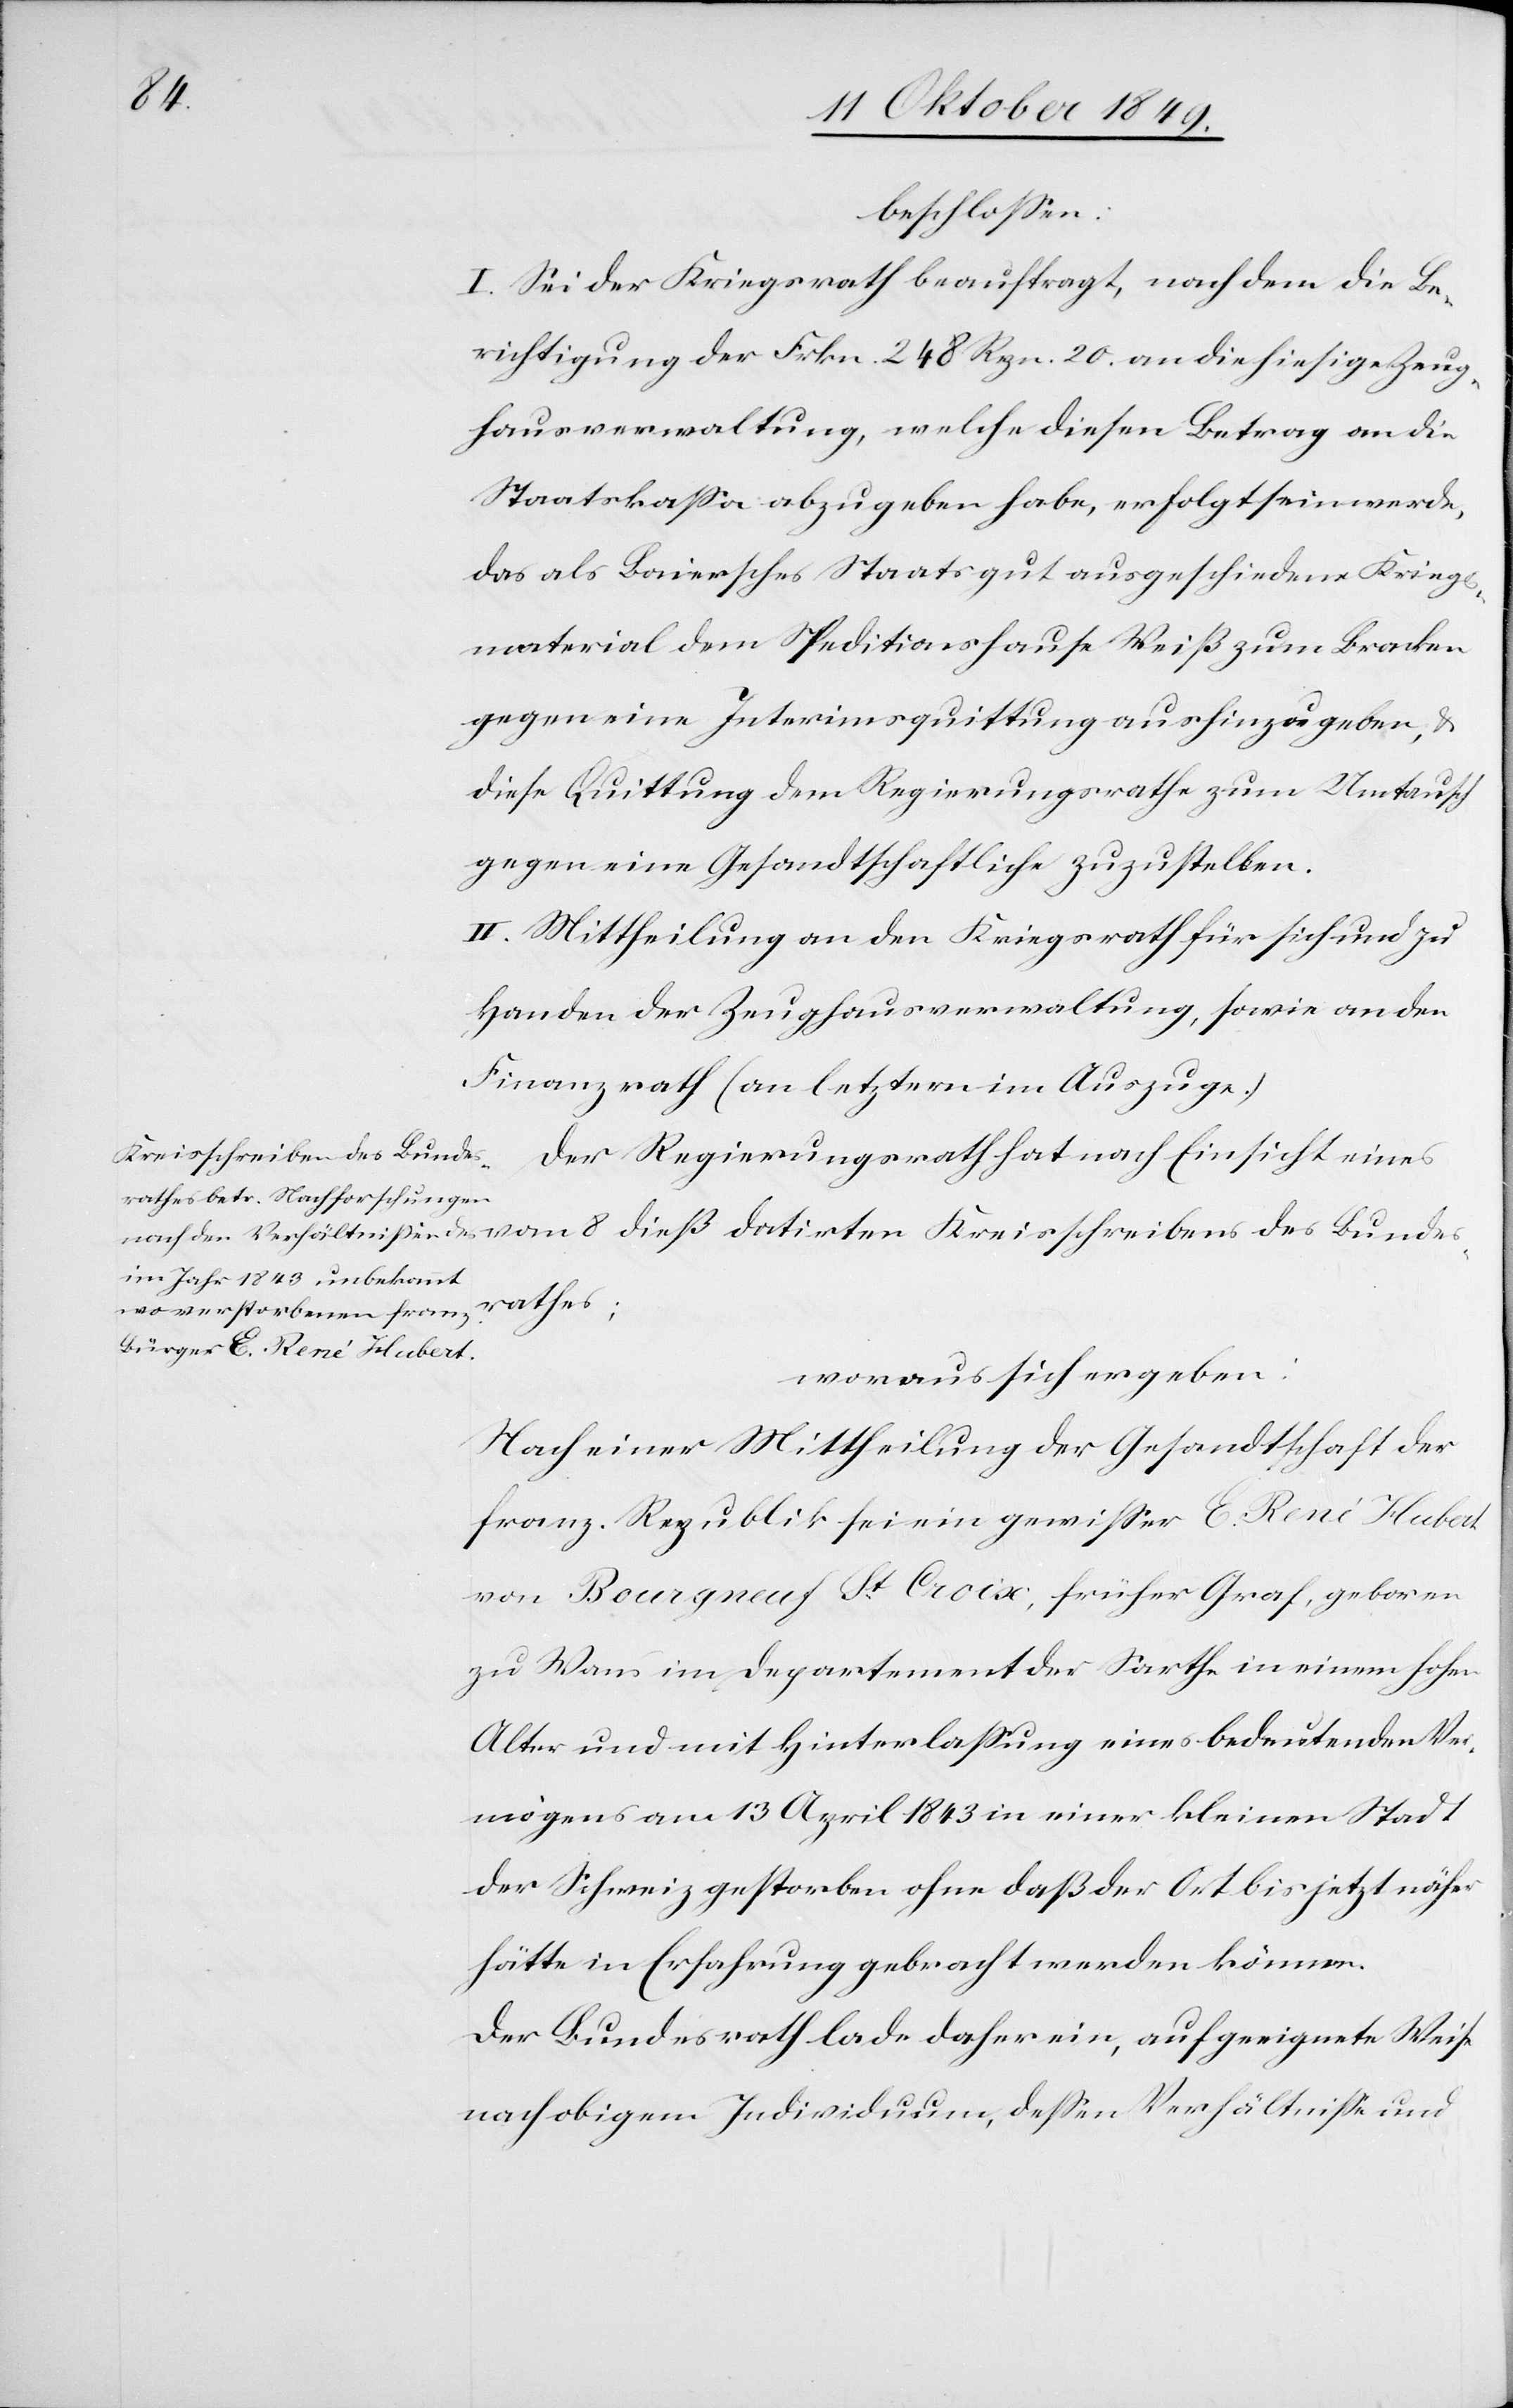
beschloßen:
I. Sei der Kriegsrath beauftragt, nach dem die Be¬
sichtigung der Frkn. 248 Rpn. 20 an die hiesige Zeug¬
hausverwaltung, welche diesen Betrag an die
Staatskaßa abzugeben habe, erfolgt sein werde,
das als Baiersches Staatsgut ausgeschiedene Kriegs¬
material dem Speditionshause Weiß zum Bracken
gegen eine Interimsquittung aushinzugeben, u.
diese Quittung dem Regierungsrathe zum Umtausch
gegen eine Gesandtschaftliche zuzustellen.
II. Mittheilung an den Kriegsrath für sich und zu
Handen der Zeughausverwaltung, sowie an den
Finanzrath (an letztern im Auszuge.)
Kreisschreibens des Bundes¬
Der Regierungsrath hat nach Einsicht eines
rathes;
woraus sich ergeben:
Nach einer Mittheilung der Gesandtschaft der
franz. Republik sei ein gewißer E. René Hubert
von Bourgneuf St. Croix, früher Graf, geboren
zu Wans im Departement der Sarthe in einem hohen
Alter und mit Hinterlaßung eines bedeutenden Ver¬
mögens am 13 April 1843 in einer kleinen Stadt
der Schweiz gestorben ohne daß der Ort bis jetzt näher
hätte in Erfahrung gebracht werden können.
Der Bundesrath lade daher ein, auf geeignete Weise
nach obigem Individuum, deßen Verhältniße und